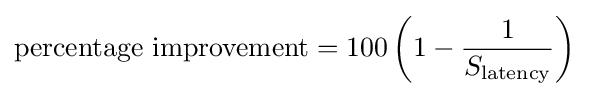
{\text{percentage improvement}}=100\left(1-{\frac {1}{S_{\text{latency}}}}\right)